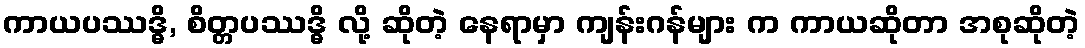
ကာယပဿဒ္ဓိ, စိတ္တပဿဒ္ဓိ လို့ ဆိုတဲ့ နေရာမှာ ကျန်းဂန်များ က ကာယဆိုတာ အစုဆိုတဲ့